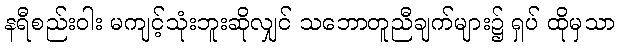
နရီစည်းဝါး မကျင့်သုံးဘူးဆိုလျှင် သဘောတူညီချက်များ၌ ရှပ် ထိုမှသာ